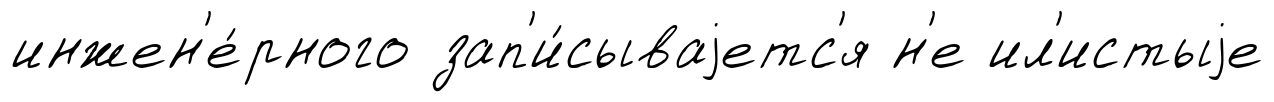
инжен'е́рного зап'и́сываjетс'я н'е ил'истыjе